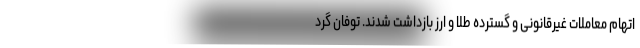
اتهام معاملات غیرقانونی و گسترده طلا و ارز بازداشت شدند. توفان گرد